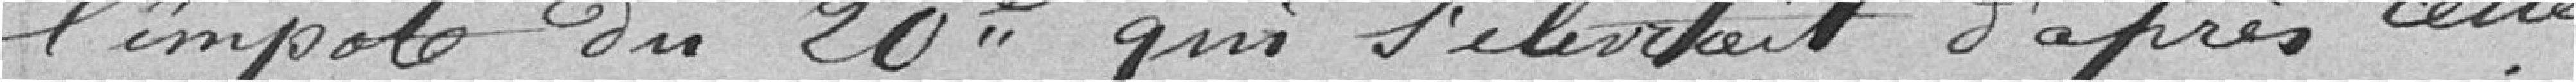
l'impôt du 20è qui s'élevait d'après cette